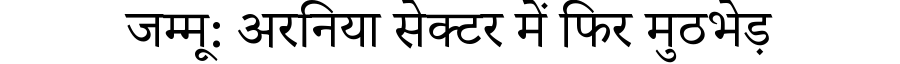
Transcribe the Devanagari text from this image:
जम्मू: अरनिया सेक्टर में फिर मुठभेड़